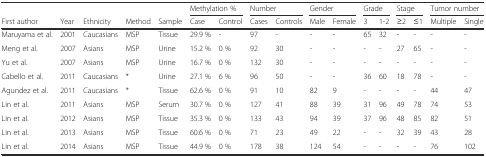
<table><thead><tr><td></td><td></td><td></td><td></td><td></td><td colspan="2"><b>Methylation %</b></td><td colspan="2"><b>Number</b></td><td colspan="2"><b>Gender</b></td><td colspan="2"><b>Grade</b></td><td colspan="2"><b>Stage</b></td><td colspan="2"><b>Tumor number</b></td></tr><tr><td><b>First author</b></td><td><b>Year</b></td><td><b>Ethnicity</b></td><td><b>Method</b></td><td><b>Sample</b></td><td><b>Case</b></td><td><b>Control</b></td><td><b>Cases</b></td><td><b>Controls</b></td><td><b>Male</b></td><td><b>Female</b></td><td><b>3</b></td><td><b>1-2</b></td><td><b>≥2</b></td><td><b>≤1</b></td><td><b>Multiple</b></td><td><b>Single</b></td></tr></thead><tbody><tr><td>Maruyama et al.</td><td>2001</td><td>Caucasians</td><td>MSP</td><td>Tissue</td><td>29.9 %</td><td>-</td><td>97</td><td>-</td><td>-</td><td>-</td><td>65</td><td>32</td><td>-</td><td>-</td><td>-</td><td>-</td></tr><tr><td>Meng et al.</td><td>2007</td><td>Asians</td><td>MSP</td><td>Urine</td><td>15.2 %</td><td>0 %</td><td>92</td><td>30</td><td>-</td><td>-</td><td>-</td><td>-</td><td>27</td><td>65</td><td>-</td><td>-</td></tr><tr><td>Yu et al.</td><td>2007</td><td>Asians</td><td>MSP</td><td>Urine</td><td>16.7 %</td><td>0 %</td><td>132</td><td>30</td><td>-</td><td>-</td><td>-</td><td>-</td><td>-</td><td>-</td><td>-</td><td>-</td></tr><tr><td>Cabello et al.</td><td>2011</td><td>Caucasians</td><td>*</td><td>Urine</td><td>27.1 %</td><td>6 %</td><td>96</td><td>50</td><td>-</td><td>-</td><td>36</td><td>60</td><td>18</td><td>78</td><td>-</td><td>-</td></tr><tr><td>Agundez et al.</td><td>2011</td><td>Caucasians</td><td>*</td><td>Tissue</td><td>62.6 %</td><td>0 %</td><td>91</td><td>10</td><td>82</td><td>9</td><td>-</td><td>-</td><td>-</td><td>-</td><td>44</td><td>47</td></tr><tr><td>Lin et al.</td><td>2011</td><td>Asians</td><td>MSP</td><td>Serum</td><td>30.7 %</td><td>0 %</td><td>127</td><td>41</td><td>88</td><td>39</td><td>31</td><td>96</td><td>49</td><td>78</td><td>74</td><td>53</td></tr><tr><td>Lin et al.</td><td>2012</td><td>Asians</td><td>MSP</td><td>Tissue</td><td>35.3 %</td><td>0 %</td><td>133</td><td>43</td><td>94</td><td>39</td><td>37</td><td>96</td><td>48</td><td>85</td><td>82</td><td>51</td></tr><tr><td>Lin et al.</td><td>2013</td><td>Asians</td><td>MSP</td><td>Tissue</td><td>60.6 %</td><td>0 %</td><td>71</td><td>23</td><td>49</td><td>22</td><td>-</td><td>-</td><td>32</td><td>39</td><td>43</td><td>28</td></tr><tr><td>Lin et al.</td><td>2014</td><td>Asians</td><td>MSP</td><td>Tissue</td><td>44.9 %</td><td>0 %</td><td>178</td><td>38</td><td>124</td><td>54</td><td>-</td><td>-</td><td>-</td><td>-</td><td>76</td><td>102</td></tr></tbody></table>